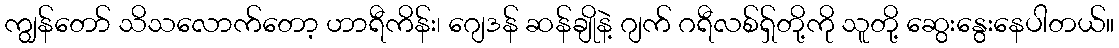
ကျွန်တော် သိသလောက်တော့ ဟာရီကိန်း၊ ဂျေဒန် ဆန်ချိုနဲ့ ဂျက် ဂရီလစ်ရှ်တို့ကို သူတို့ ဆွေးနွေးနေပါတယ်။